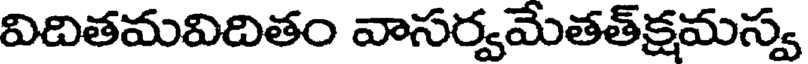
విదితమవిదితం వాసర్వమేతత్క్షమస్వ